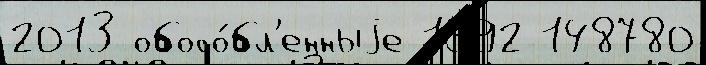
2013 обосо́бл'енныjе 1992 148780